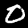
Digit: 0